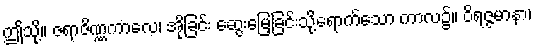
ဤသို့။ ဇရာဇိဏ္ဏကာလေ၊ အိုခြင်း ဆွေးမြေ့ခြင်းသို့ရောက်သော ကာလ၌။ ဝိရဇ္ဇမာနာ၊